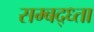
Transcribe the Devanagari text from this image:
सम्बद्ध्ता